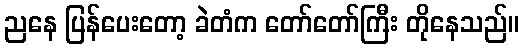
ညနေ ပြန်ပေးတော့ ခဲတံက တော်တော်ကြီး တိုနေသည်။